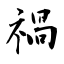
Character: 禍